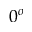
0 ^ { o }